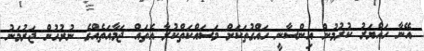
އޭނާ ހައްޔަރު ކުރުމުން އިންސާނީ ހައްގުތަކަށް މަސައްކަތްކުރާ އެތައް ޖަމާއަތެއްގެ ނުރުހުން ޖަރުމަނު